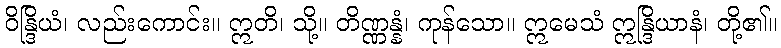
ဝိန္ဒြိယံ၊ လည်းကောင်း။ ဣတိ၊ သို့။ တိဏ္ဏန္နံ၊ ကုန်သော။ ဣမေသံ ဣန္ဒြိယာနံ၊ တို့၏။